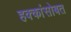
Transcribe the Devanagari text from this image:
हक्कांसोबत